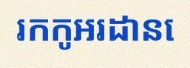
រកកូអរដោនេ